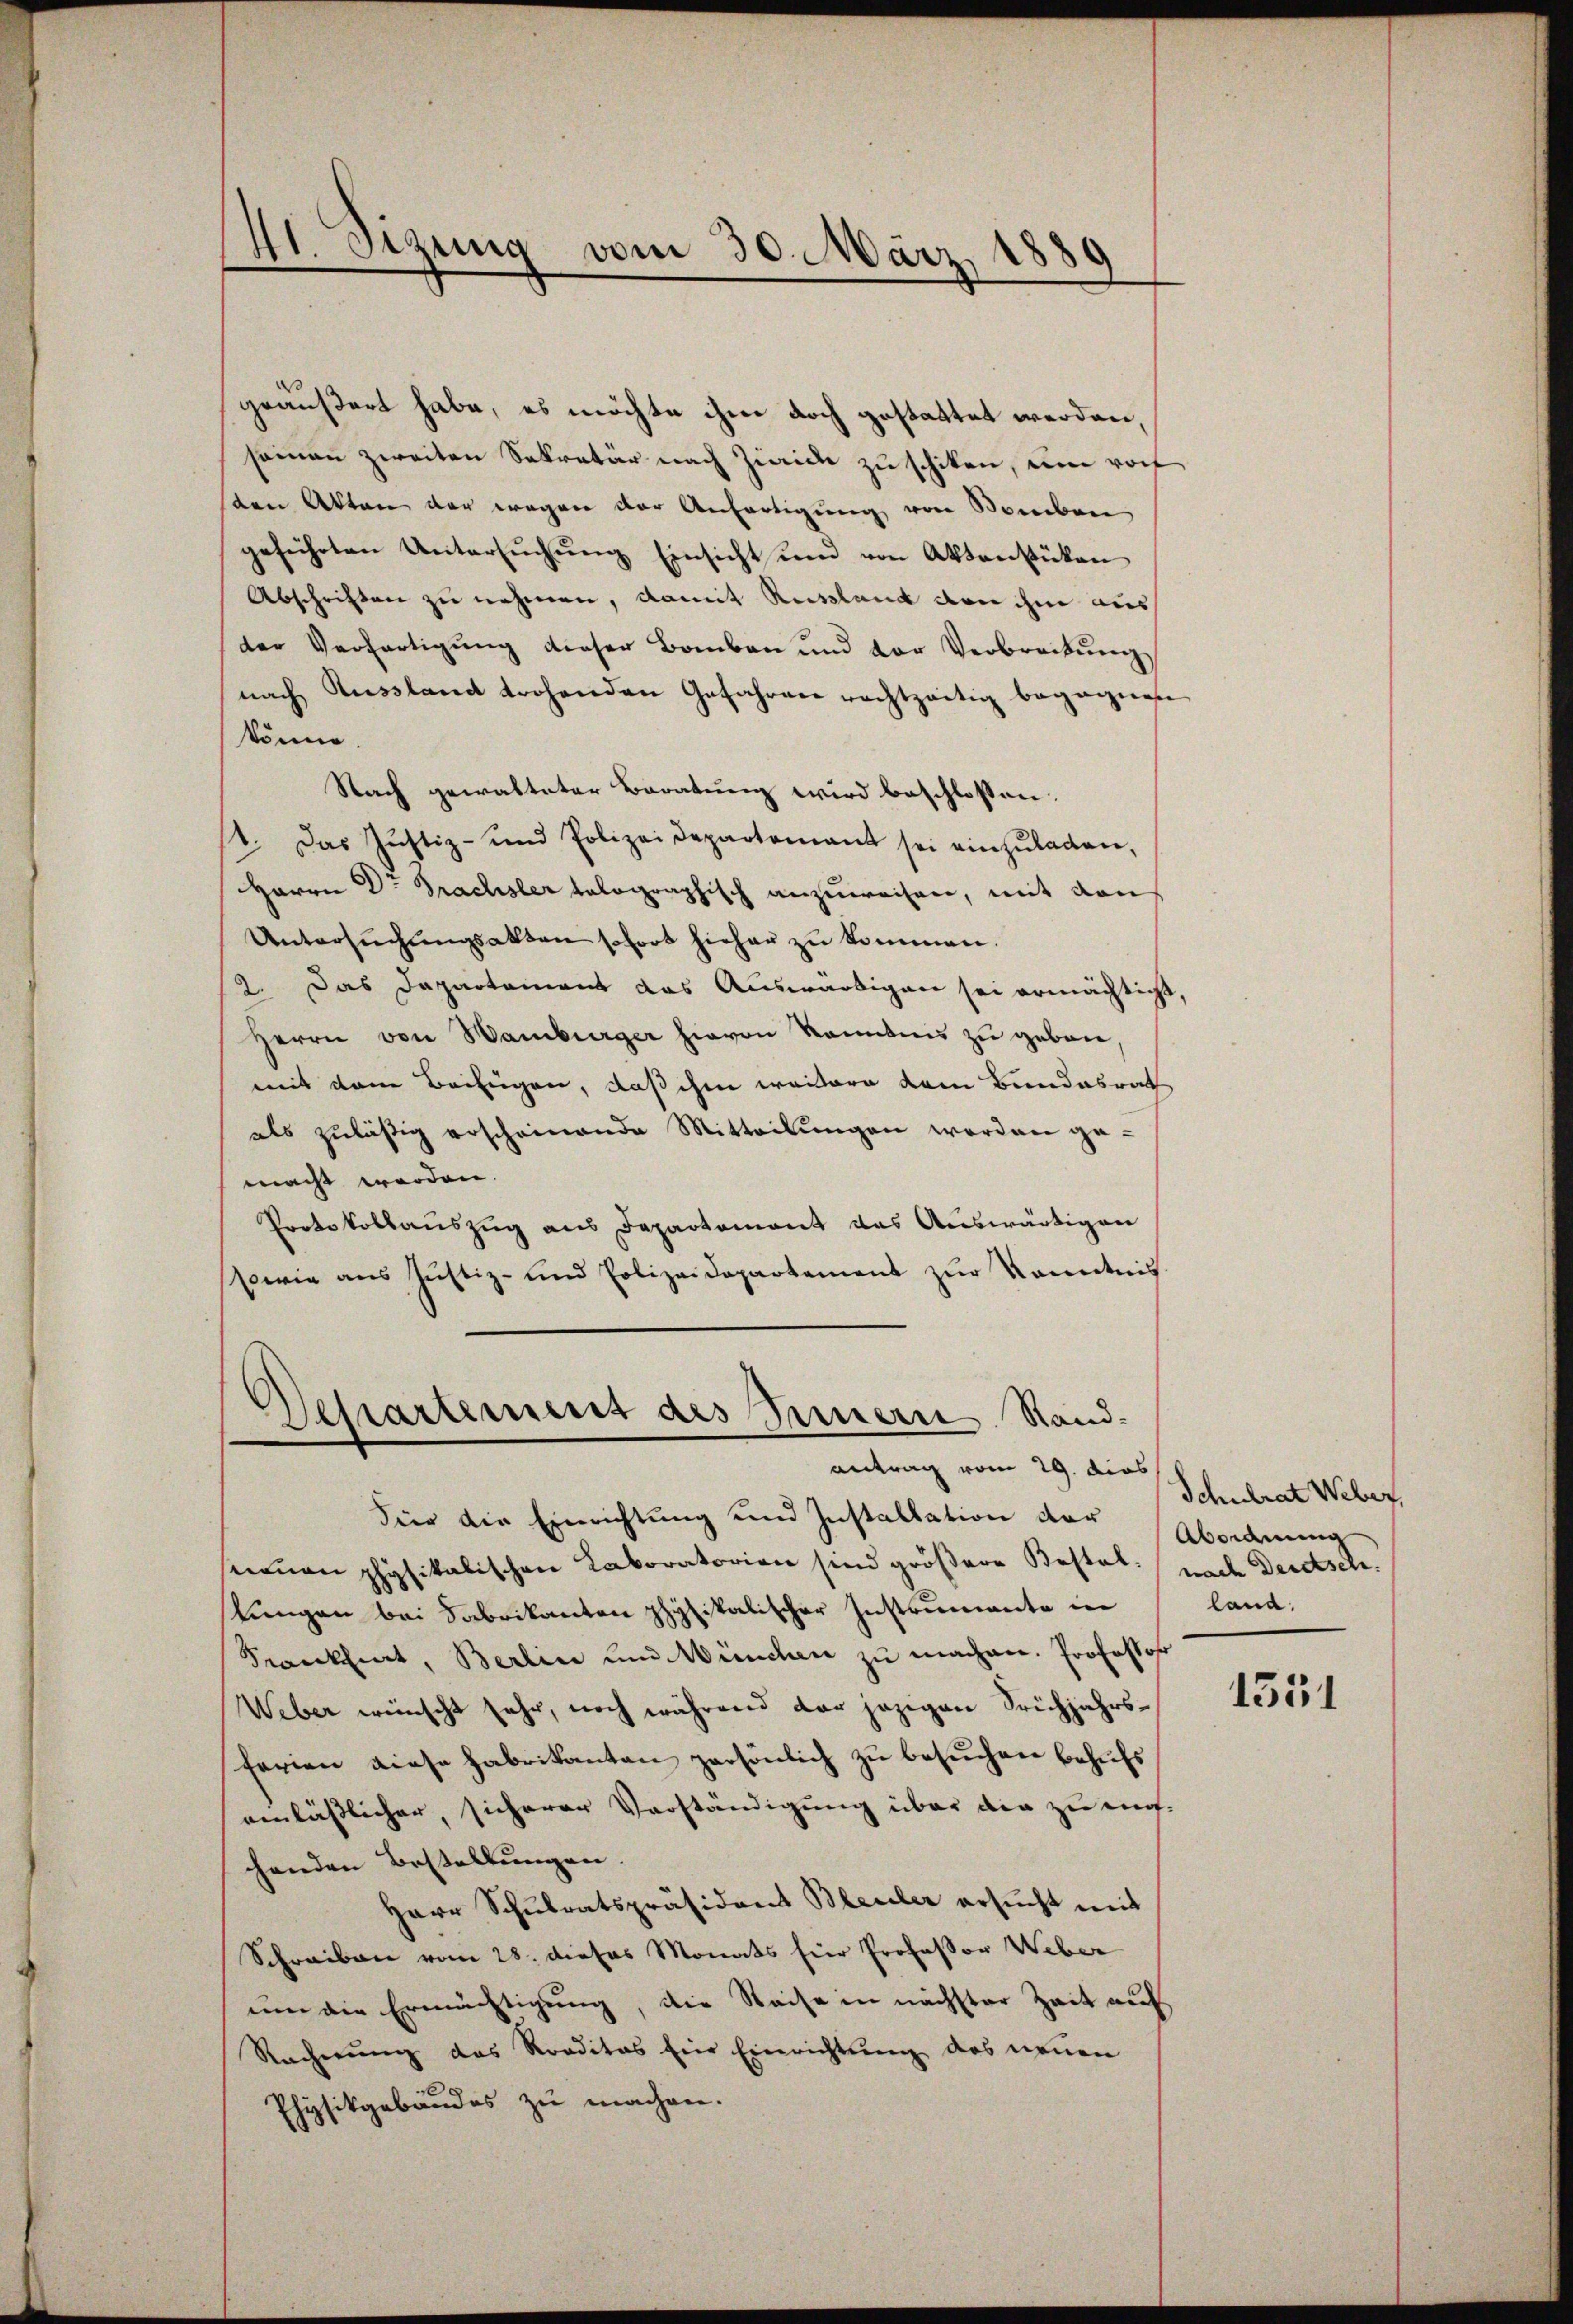
41. Sigung vom 30. März 1880
8
.
)

geäußert habe, es möchte ihm doch gestattet werden,
seinen zweiten Sekretär nach Zürich zu schiken, um roch
sten Akten der wegen der Anfertigung von Somben
geführten Untersŭchŭng Einsicht und von Aktenstücken
Abschriften zu nehmen, damit Russland von ihm aus
der Verfertigŭng dieser Bauben und vor Verbreitŭng
nach Aussland trohenden Gefahren rechtzeitig begegnen
könne.
Nach gewalteter Baratung wird beschlossen:
.
 Das Justiz- und Polizeidepartement sei einzŭladen,
¬
Harrn D. Prachsler telographisch anzuweisen, mit den
Untersŭchŭngsakten sofort hieher zu kommen.
2. Das Dapartement das Auswärtigen sei ermächtigt,
Herrn von Wamburger hievon Kenntnis zu geben,
mit dem Beifügen, daß ihm weitere dem Bundesrat
als zuläßig erscheinende Mitteilŭngen worden ge-
macht werden.
Protokollaŭszŭg ans Departement das Aŭswärtigen
sowie aus Justiz- und Polizeidepartement zŭr Kenntnis

Departement des Innern Standantrag vom 29. dies

dier die Einrichtung und Installation der
nonen physikalischen Laboratorien sind größere Bestal. nach Deutsch.
tungen bei Fabrikanton physikalischer Instrumente in
Scantiert, Berlin und München zu machen. Professor
Weber wünscht sehr, noch während der jezigen Frühjahrsferien diese Fabrikanten persönlich zŭ besŭchen behŭfs
einläßlicher, sicherer Verständigung über die zu aufchenden Bestellungen.
Herr Schulratspräsident Bleuler ersucht mit
Schreiben vom 28. dieses Monats hier Professor Weber
um die Ermächtigung, die Weise in nächster Zeit auf
Racherung das Rorditas Eine Einrichtung des neuen
Physikgebäudes zu machen.

Schulrat Weber,
Abordnung
land:

1551